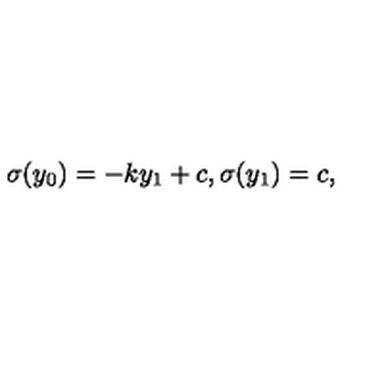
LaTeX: \sigma ( y _ { 0 } ) = - k y _ { 1 } + c , \sigma ( y _ { 1 } ) = c , \,